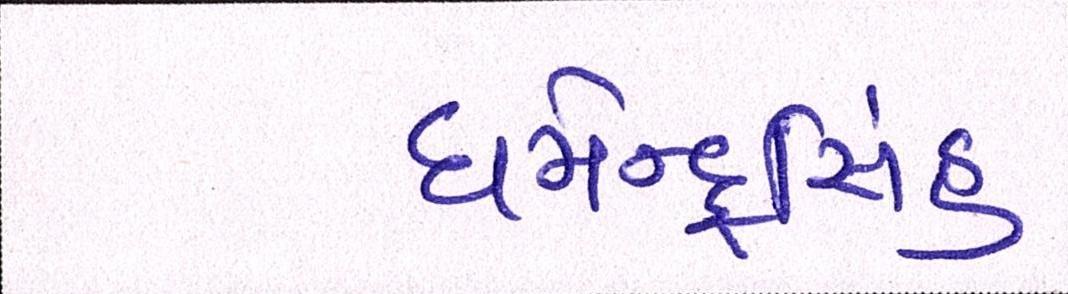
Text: ધર્મેન્દ્રસિંહ